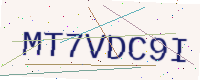
Text: MT7VDC9I